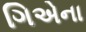
ગિએના